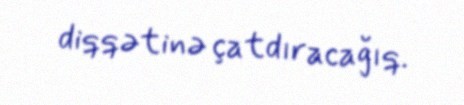
diqqətinə çatdıracağıq.